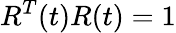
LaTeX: R^{T}(t)R(t)=1